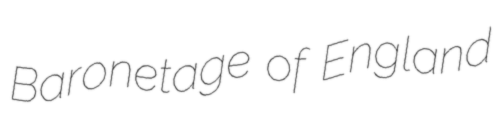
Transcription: Baronetage of England